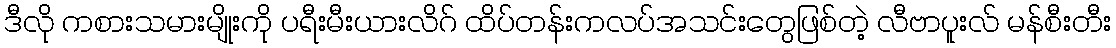
ဒီလို ကစားသမားမျိုးကို ပရီးမီးယားလိဂ် ထိပ်တန်းကလပ်အသင်းတွေဖြစ်တဲ့ လီဗာပူးလ် မန်စီးတီး